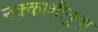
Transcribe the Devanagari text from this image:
नक्काशीनुमा